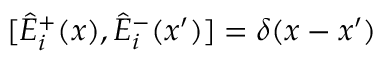
[ \hat { E } _ { i } ^ { + } ( x ) , \hat { E } _ { i } ^ { - } ( x ^ { \prime } ) ] = \delta ( x - x ^ { \prime } )